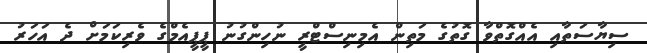
ސިޔާސަތާއި އެއްގޮތްވާ ގޮތުގެ މަތިން އެމިނިސްޓްރީ ނުހިންގުނު ޕީޕީއެމްގެ ވެރިކަމަށް ދެ އަހަރު